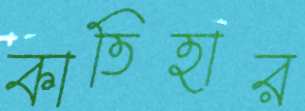
কাতিহার